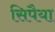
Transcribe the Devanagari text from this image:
सिपैया